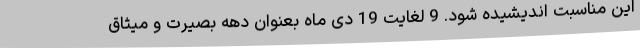
این مناسبت اندیشیده شود. 9 لغایت 19 دی ماه بعنوان دهه بصیرت و میثاق